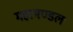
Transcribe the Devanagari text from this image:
महामण्‍डल